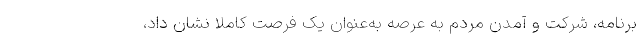
برنامه، شرکت و آمدن مردم به عرصه به‌عنوان یک فرصت کاملاً نشان داد،